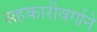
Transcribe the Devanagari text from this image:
सहकारीवर्गाने